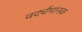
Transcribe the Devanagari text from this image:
वर्द्यमानक